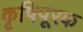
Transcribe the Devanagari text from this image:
कृषिपूरक